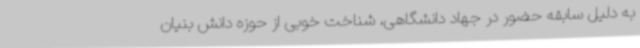
به دلیل سابقه حضور در جهاد دانشگاهی، شناخت خوبی از حوزه دانش بنیان